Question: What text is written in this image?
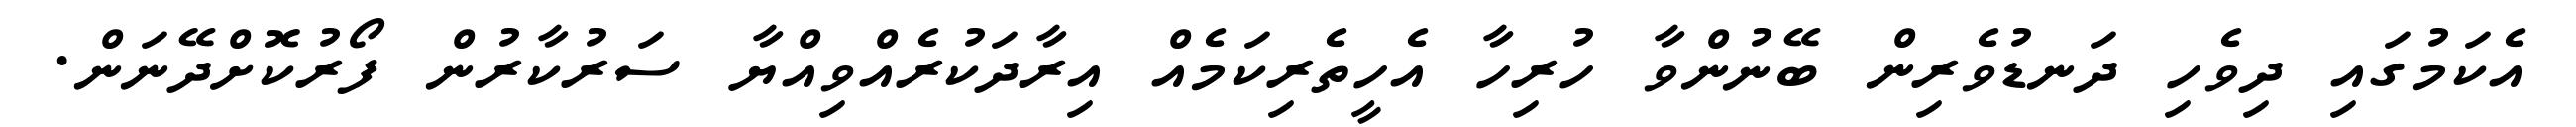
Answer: އެކަމުގައި ދިވެހި ދަނޑުވެރިން ބޭނުންވާ ހުރިހާ އެހީތެރިކަމެއް އިރާދަކުރެއްވިއްޔާ ސަރުކާރުން ފޯރުކޮށްދޭނަން.